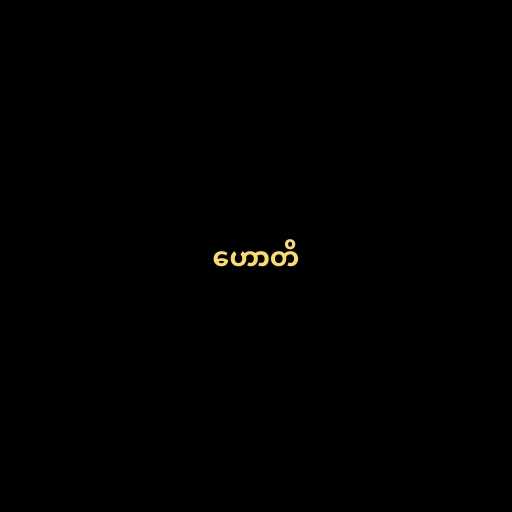
ဟောတိ